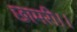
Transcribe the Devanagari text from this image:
छामरी।।